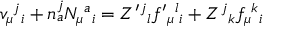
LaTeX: v _ { \mu } { } ^ { j } { } _ { i } + n _ { a } ^ { j } N _ { \mu } { } ^ { a } { } _ { i } = Z ^ { \prime } { } ^ { j } { } _ { l } f ^ { \prime } { } _ { \mu } { } ^ { l } { } _ { i } + Z ^ { j } { } _ { k } f _ { \mu } { } ^ { k } { } _ { i }